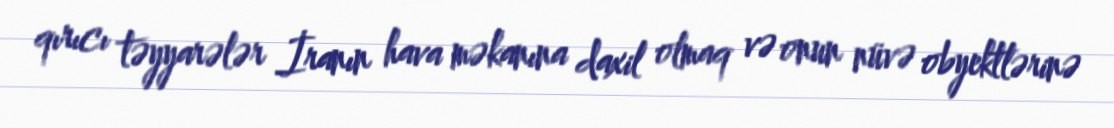
qırıcı təyyarələr İranın hava məkanına daxil olmaq və onun nüvə obyektlərinə